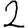
Digit: 2